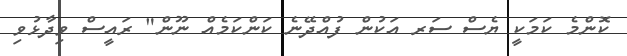
ކޮންމެ ކަމަކީ ޔެސް ސަރ އަކުން ފުއްދޭނެ ކަންކަމެއް ނޫން" ރައީސް ވިދާޅުވި